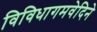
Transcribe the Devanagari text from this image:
विविधागमवेदिने